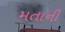
મતાની